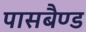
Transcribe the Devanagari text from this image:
पासबैण्ड